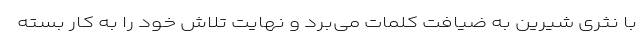
با نثری شیرین به ضیافت کلمات می‌برد و نهایت تلاش خود را به کار بسته